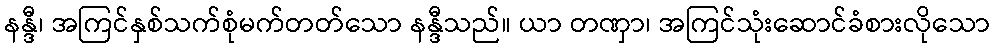
နန္ဒီ၊ အကြင်နှစ်သက်စုံမက်တတ်သော နန္ဒီသည်။ ယာ တဏှာ၊ အကြင်သုံးဆောင်ခံစားလိုသော